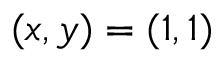
( x , y ) = ( 1 , 1 )